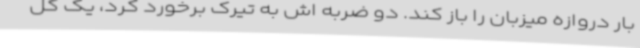
بار دروازه میزبان را باز کند. دو ضربه اش به تیرک برخورد کرد، یک گل